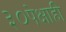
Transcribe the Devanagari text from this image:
३०पेक्षाही